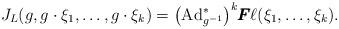
LaTeX: \begin{align*}J_L(g,g\cdot\xi_1,\dots,g\cdot\xi_k)=\big({\rm Ad}^*_{g^{-1}}\big)^k\pmb{F} \ell(\xi_1,\dots,\xi_k). \end{align*}